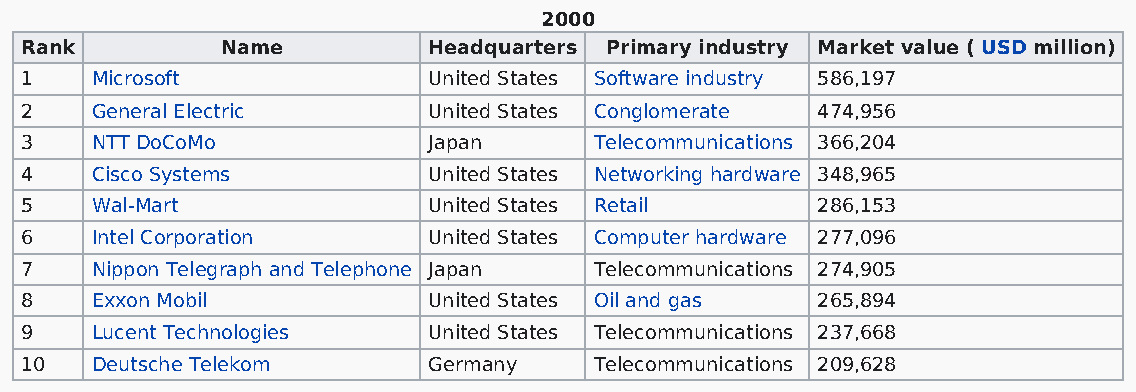
2000
 Rank          Name         Headquarters Primary industry Market value ( USD million)
 1    Microsoft             United States Software industry 586,197
 2    General Electric      United States Conglomerate 474,956
 3    NTT DoCoMo            Japan      Telecommunications 366,204
 4    Cisco Systems         United States Networking hardware 348,965
 5    Wal-Mart              United States Retail      286,153
 6    Intel Corporation     United States Computer hardware 277,096
 7    Nippon Telegraph and Telephone Japan Telecommunications 274,905
 8    Exxon Mobil           United States Oil and gas 265,894
 9    Lucent Technologies   United States Telecommunications 237,668
 10   Deutsche Telekom      Germany    Telecommunications 209,628